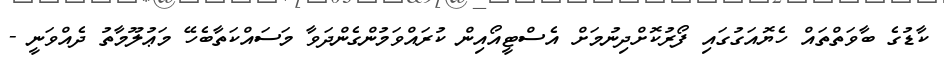
ކާޑުގެ ބާވަތްތައް ހެޔޮއަގުގައި ފޯރުކޮށްދިނުމަށް އެސްޓީއޯއިން ކުރައްވަމުންގެންދަވާ މަސައްކަތާބެހޭ މަޢުލޫމާތު ދެއްވަނީ -